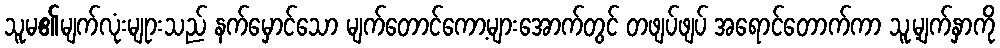
သူမ၏မျက်လုံးမျုားသည် နက်မှောင်သော မျက်တောင်ကော့များအောက်တွင် တဖျပ်ဖျပ် အရောင်တောက်ကာ သူ့မျက်နှာကို